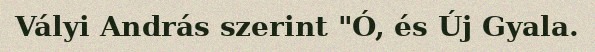
Vályi András szerint "Ó, és Új Gyala.